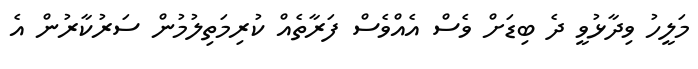
މަލީހު ވިދާޅުވީ ދެ ބިޑަށް ވެސް އެއްވެސް ފަރާތެއް ކުރިމަތިލުމުން ސަރުކާރުން އެ